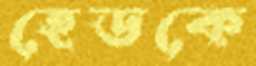
হেডকে